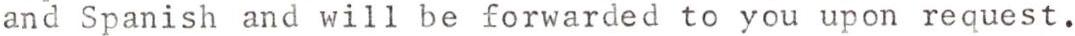
and Spanish and will be forwarded to you upon request.